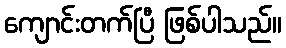
ကျောင်းတက်ပြီ ဖြစ်ပါသည်။